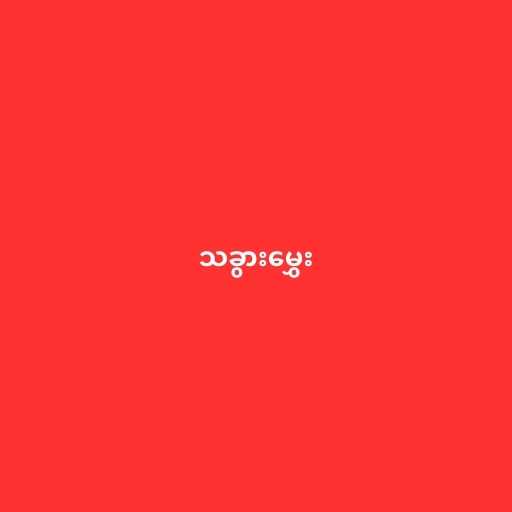
သခွားမွှေး